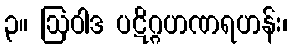
၃။ ဩဝါဒ ပဋိဂ္ဂဟဏရဟန်း၊